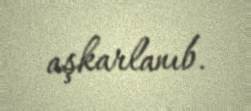
aşkarlanıb.